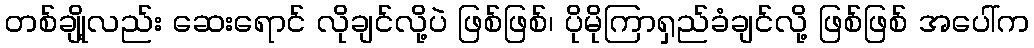
တစ်ချို့လည်း ဆေးရောင် လိုချင်လို့ပဲ ဖြစ်ဖြစ်၊ ပိုမိုကြာရှည်ခံချင်လို့ ဖြစ်ဖြစ် အပေါ်က